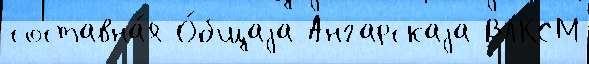
составна́я О́бщаjа Ангарскаjа ВЛКСМ